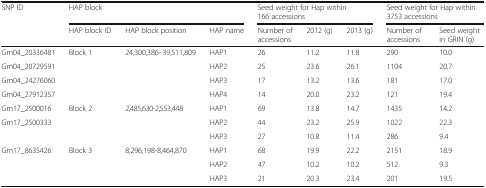
<table><thead><tr><td rowspan="2"><b>SNP ID</b></td><td colspan="3"><b>HAP block</b></td><td colspan="3"><b>Seed weight for Hap within 166 accessions</b></td><td colspan="2"><b>Seed weight for Hap within 3753 accessions</b></td></tr><tr><td><b>HAP block ID</b></td><td><b>HAP block position</b></td><td><b>HAP name</b></td><td><b>Number of accessions</b></td><td><b>2012 (g)</b></td><td><b>2013 (g)</b></td><td><b>Number of accessions</b></td><td><b>Seed weight in GRIN (g)</b></td></tr></thead><tbody><tr><td>Gm04_20336481</td><td rowspan="4">Block 1</td><td rowspan="4">24,300,386–39,511,809</td><td>HAP1</td><td>26</td><td>11.2</td><td>11.8</td><td>290</td><td>10.0</td></tr><tr><td>Gm04_20729591</td><td>HAP2</td><td>25</td><td>23.6</td><td>26.1</td><td>1104</td><td>20.7</td></tr><tr><td>Gm04_24276060</td><td>HAP3</td><td>17</td><td>13.2</td><td>13.6</td><td>181</td><td>17.0</td></tr><tr><td>Gm04_27912357</td><td>HAP4</td><td>14</td><td>20.0</td><td>23.2</td><td>121</td><td>19.4</td></tr><tr><td>Gm17_2500016</td><td rowspan="3">Block 2</td><td rowspan="3">2,485,630-2,553,448</td><td>HAP1</td><td>69</td><td>13.8</td><td>14.7</td><td>1435</td><td>14.2</td></tr><tr><td>Gm17_2500333</td><td>HAP2</td><td>44</td><td>23.2</td><td>25.9</td><td>1022</td><td>22.3</td></tr><tr><td></td><td>HAP3</td><td>27</td><td>10.8</td><td>11.4</td><td>286</td><td>9.4</td></tr><tr><td>Gm17_8635426</td><td rowspan="3">Block 3</td><td rowspan="3">8,296,198-8,464,870</td><td>HAP1</td><td>68</td><td>19.9</td><td>22.2</td><td>2151</td><td>18.9</td></tr><tr><td></td><td>HAP2</td><td>47</td><td>10.2</td><td>10.2</td><td>512</td><td>9.3</td></tr><tr><td></td><td>HAP3</td><td>21</td><td>20.3</td><td>23.4</td><td>201</td><td>19.5</td></tr></tbody></table>